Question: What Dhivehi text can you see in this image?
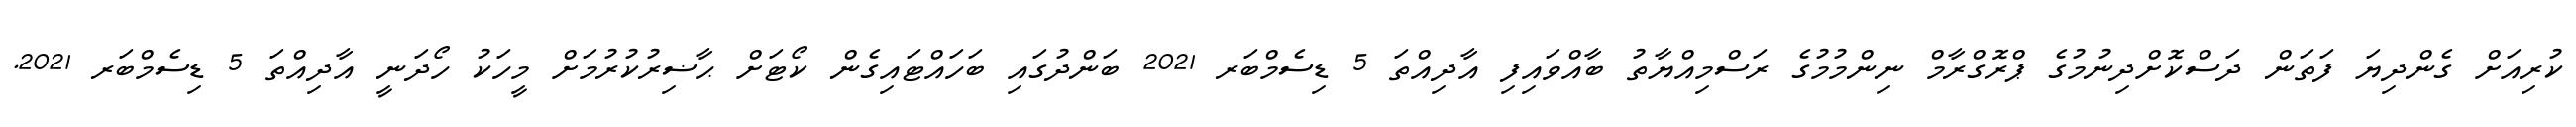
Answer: ކުރިއަށް ގެންދިޔަ ފަތަން ދަސްކޮށްދިނުމުގެ ޕްރޮގްރާމް ނިންމުމުގެ ރަސްމިއްޔާތު ބާއްވައިފި އާދިއްތަ 5 ޑިސެމްބަރ 2021 ބަންދުގައި ބަހައްޓައިގެން ކޯޓަށް ޙާޟިރުކުރުމަށް މީހަކު ހޯދަނީ އާދިއްތަ 5 ޑިސެމްބަރ 2021.